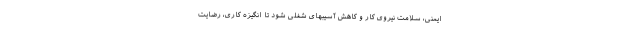
ایمنی، سلامت نیروی کار و کاهش آسیبهای شغلی شود تا انگیزه کاری، رضایت